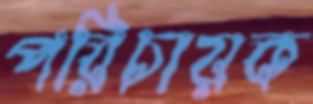
পরিচায়ক